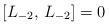
LaTeX: \begin{align*} [L_{-2}, \, L_{-2}] = 0\end{align*}